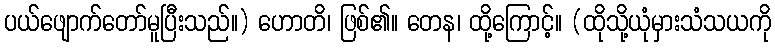
ပယ်ဖျောက်တော်မူပြီးသည်။) ဟောတိ၊ ဖြစ်၏။ တေန၊ ထို့ကြောင့်။ (ထိုသို့ယုံမှားသံသယကို